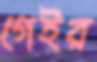
গেইর